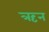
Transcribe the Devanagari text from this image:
ऋन